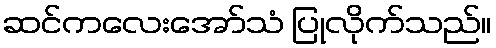
ဆင်ကလေးအော်သံ ပြုလိုက်သည်။